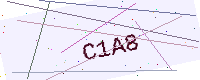
Text: C1A8